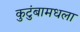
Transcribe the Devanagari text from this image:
कुटुंबामधला